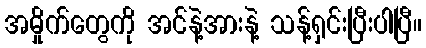
အမှိုက်တွေကို အင်နဲ့အားနဲ့ သန့်ရှင်းပြီးပါပြီ။